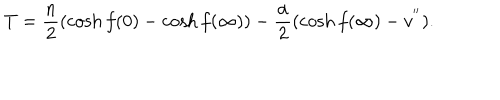
LaTeX: T = \frac { n } { 2 } ( \cosh f ( 0 ) - \cosh f ( \infty ) ) - \frac { \alpha } { 2 } ( \cosh f ( \infty ) - v ^ { ' ^ { \prime } } ) .